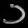
Digit: ၁